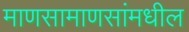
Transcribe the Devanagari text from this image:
माणसामाणसांमधील